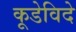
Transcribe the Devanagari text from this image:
कूडेविदे